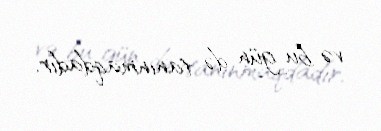
və bu gün də tanınmaqdadır.